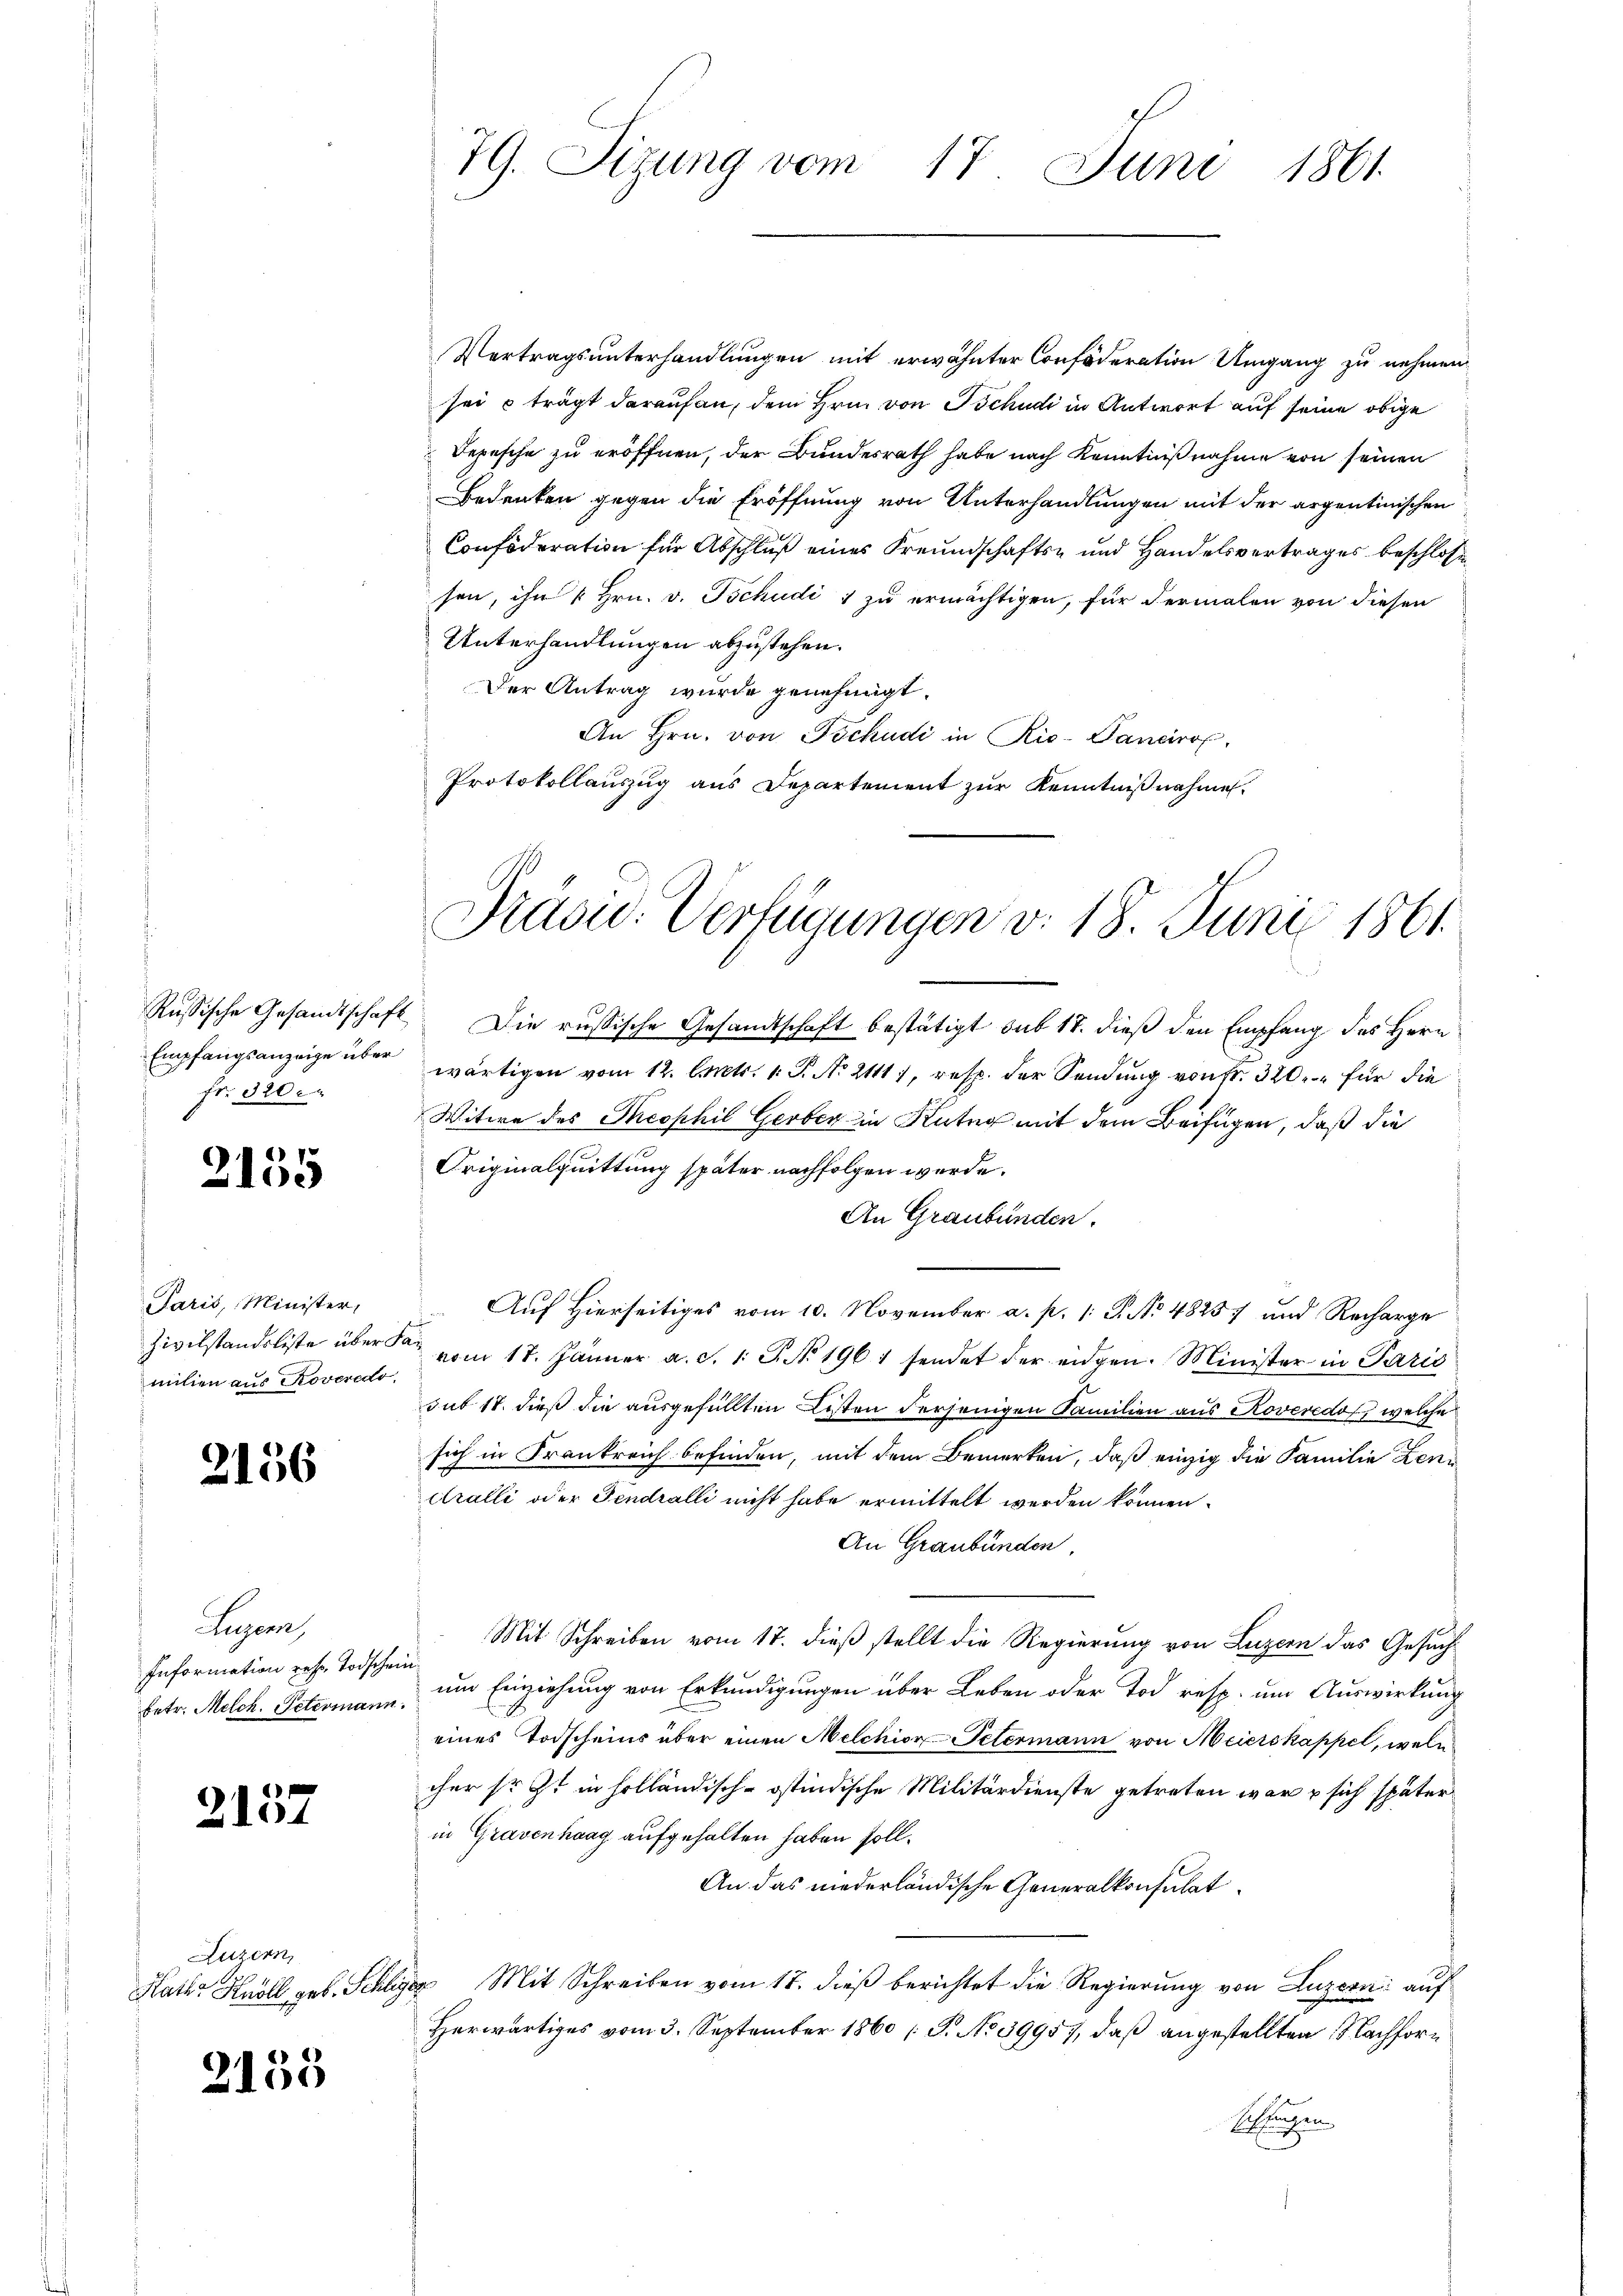
fr. 320.

2155

Paris, Minister,
milien aus Roveredo,

2156

Luzern,
Information reser Todschein

1
2101

Luzern,
Kater Knoll geb. Schli

2135

79. Sizung vom 17. Juni 1861

Vertragsunterhandlungen mit erwähnter Confideration Umgang zu nehmen
sei trägt darauf an, dem Hrn. von Tschudi in Antwort auf seine obige
Depesche zu eröffnen, der Bundesrath habe nach Kenntnißnahme von seinen
Bedenken gegen die Eröffnung von Unterhandlungen mit der argentinischen
Confideration für Abschluß eines Freundschafts- und Handelsvertrages beschlosse
sen, ihn u Hrn. v. Tschudi ; zu ermächtigen, für dermalen von diesen
Unterhandlungen abzustehen.
Der Antrag wurde genehmigt.
An Hrn. von Tschudi in Ric-Vanciro
Protokollauszug aus Departement zŭr Kenntniβnahme

Präsid. Verfügungen v. 18. Junii 1861

Russische Gesandtschaft. Die russische Gesandtschaft bestätigt sub 17. dieß den Empfang des Herr
Empfangsanzeige über wärtigen vom 12. Oct. 1. P. Nr. 21117, resp. der Sendung von fr. 320.- für die
Witwe des Theophil Gerber in Kutng mit dem Beifügen, daß die
Originalquittung später nachfolgen werde.
An Graubünden.
Auf Hierseitiges vom 10. November a. p. 1: P. No 48257 und Recharge
d
Zivilstandsliste über a vom 17. Jänner a. d. 1. P. Nr. 1961 sendet der eidgen. Minister in Paris
sub 18. dieß die ausgefüllten Listen derjenigen Familien aus Roveredo, welche
sich in Frankreich befinden, mit dem Bemerken, daß einzig die Familie Zen¬
Kralli oder Fendralli nicht habe ermittelt werden können.
An Graubünden,
Mit Schreiben vom 17. dieß stellt die Regierung von Luzern das Gesuchbetr. Melch. Petermann um Einziehung von Erkundigungen über Leben oder Tod resp. um Auswirkung
eines Todscheins über einen Melchior Petermann von Meierskappel, welcher so ist in holländisch-östindische Militärdienste getreten war u sich später
in Gravenhaag aufgehalten haben soll.
An das niederländische Generalkonsulat
Sipp Mit Schreiben vom 17. dieß berichtet die Regierung von Luzern auf
Herwärtiges vom 3. September 1860 (S. No 3995), daß angestellten Nachfor¬
Altungen